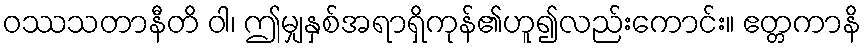
ဝဿသတာနီတိ ဝါ၊ ဤမျှနှစ်အရာရှိကုန်၏ဟူ၍လည်းကောင်း။ ဧတ္တကာနိ